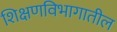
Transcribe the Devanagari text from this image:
शिक्षणविभागातील